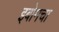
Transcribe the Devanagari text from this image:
इबोमचा